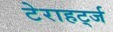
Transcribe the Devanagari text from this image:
टेराहर्ट्ज